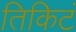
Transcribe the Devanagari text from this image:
तिकिटं